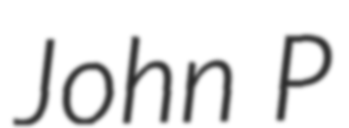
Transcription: John P